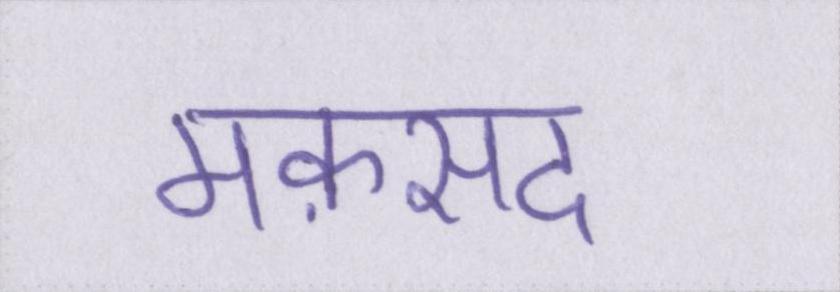
मक़सद